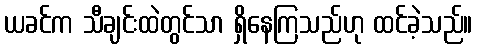
ယခင်က သီချင်းထဲတွင်သာ ရှိနေကြသည်ဟု ထင်ခဲ့သည်။